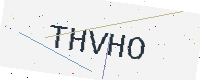
Text: THVHO